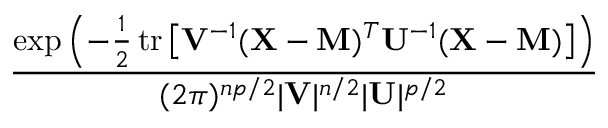
\frac { \exp \left( - { \frac { 1 } { 2 } } \, \mathrm { t r } \left[ \mathbf { V } ^ { - 1 } ( \mathbf { X } - \mathbf { M } ) ^ { T } \mathbf { U } ^ { - 1 } ( \mathbf { X } - \mathbf { M } ) \right] \right) } { ( 2 \pi ) ^ { n p / 2 } | \mathbf { V } | ^ { n / 2 } | \mathbf { U } | ^ { p / 2 } }